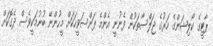
ޕާޓީގެ ކޯލިޝަންގެ ހަރުގެ ޖަލްސާތަކުން ފެނުނީ އެންމެ ފަންސަވީހަކަށް މީހުންނޭ ބުނުމަކީވެސް ދެގޮކަށް